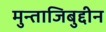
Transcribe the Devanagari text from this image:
मुन्ताजिबुद्दीन